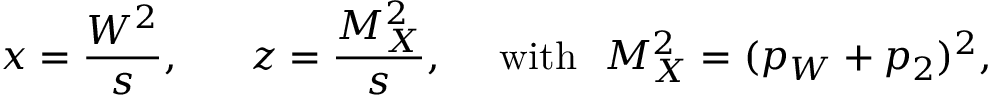
x = \frac { { \cal W } ^ { 2 } } { s } , ~ ~ ~ ~ ~ z = \frac { M _ { X } ^ { 2 } } { s } , ~ ~ ~ ~ \mathrm { w i t h } ~ ~ M _ { X } ^ { 2 } = ( p _ { W } + p _ { 2 } ) ^ { 2 } ,